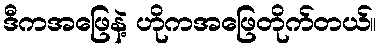
ဒီကအဖြေနဲ့ ဟိုကအဖြေတိုက်တယ်။